65_HS1-834228961_62-HQ-83894_Section_9
Agency: FBI
Page 53
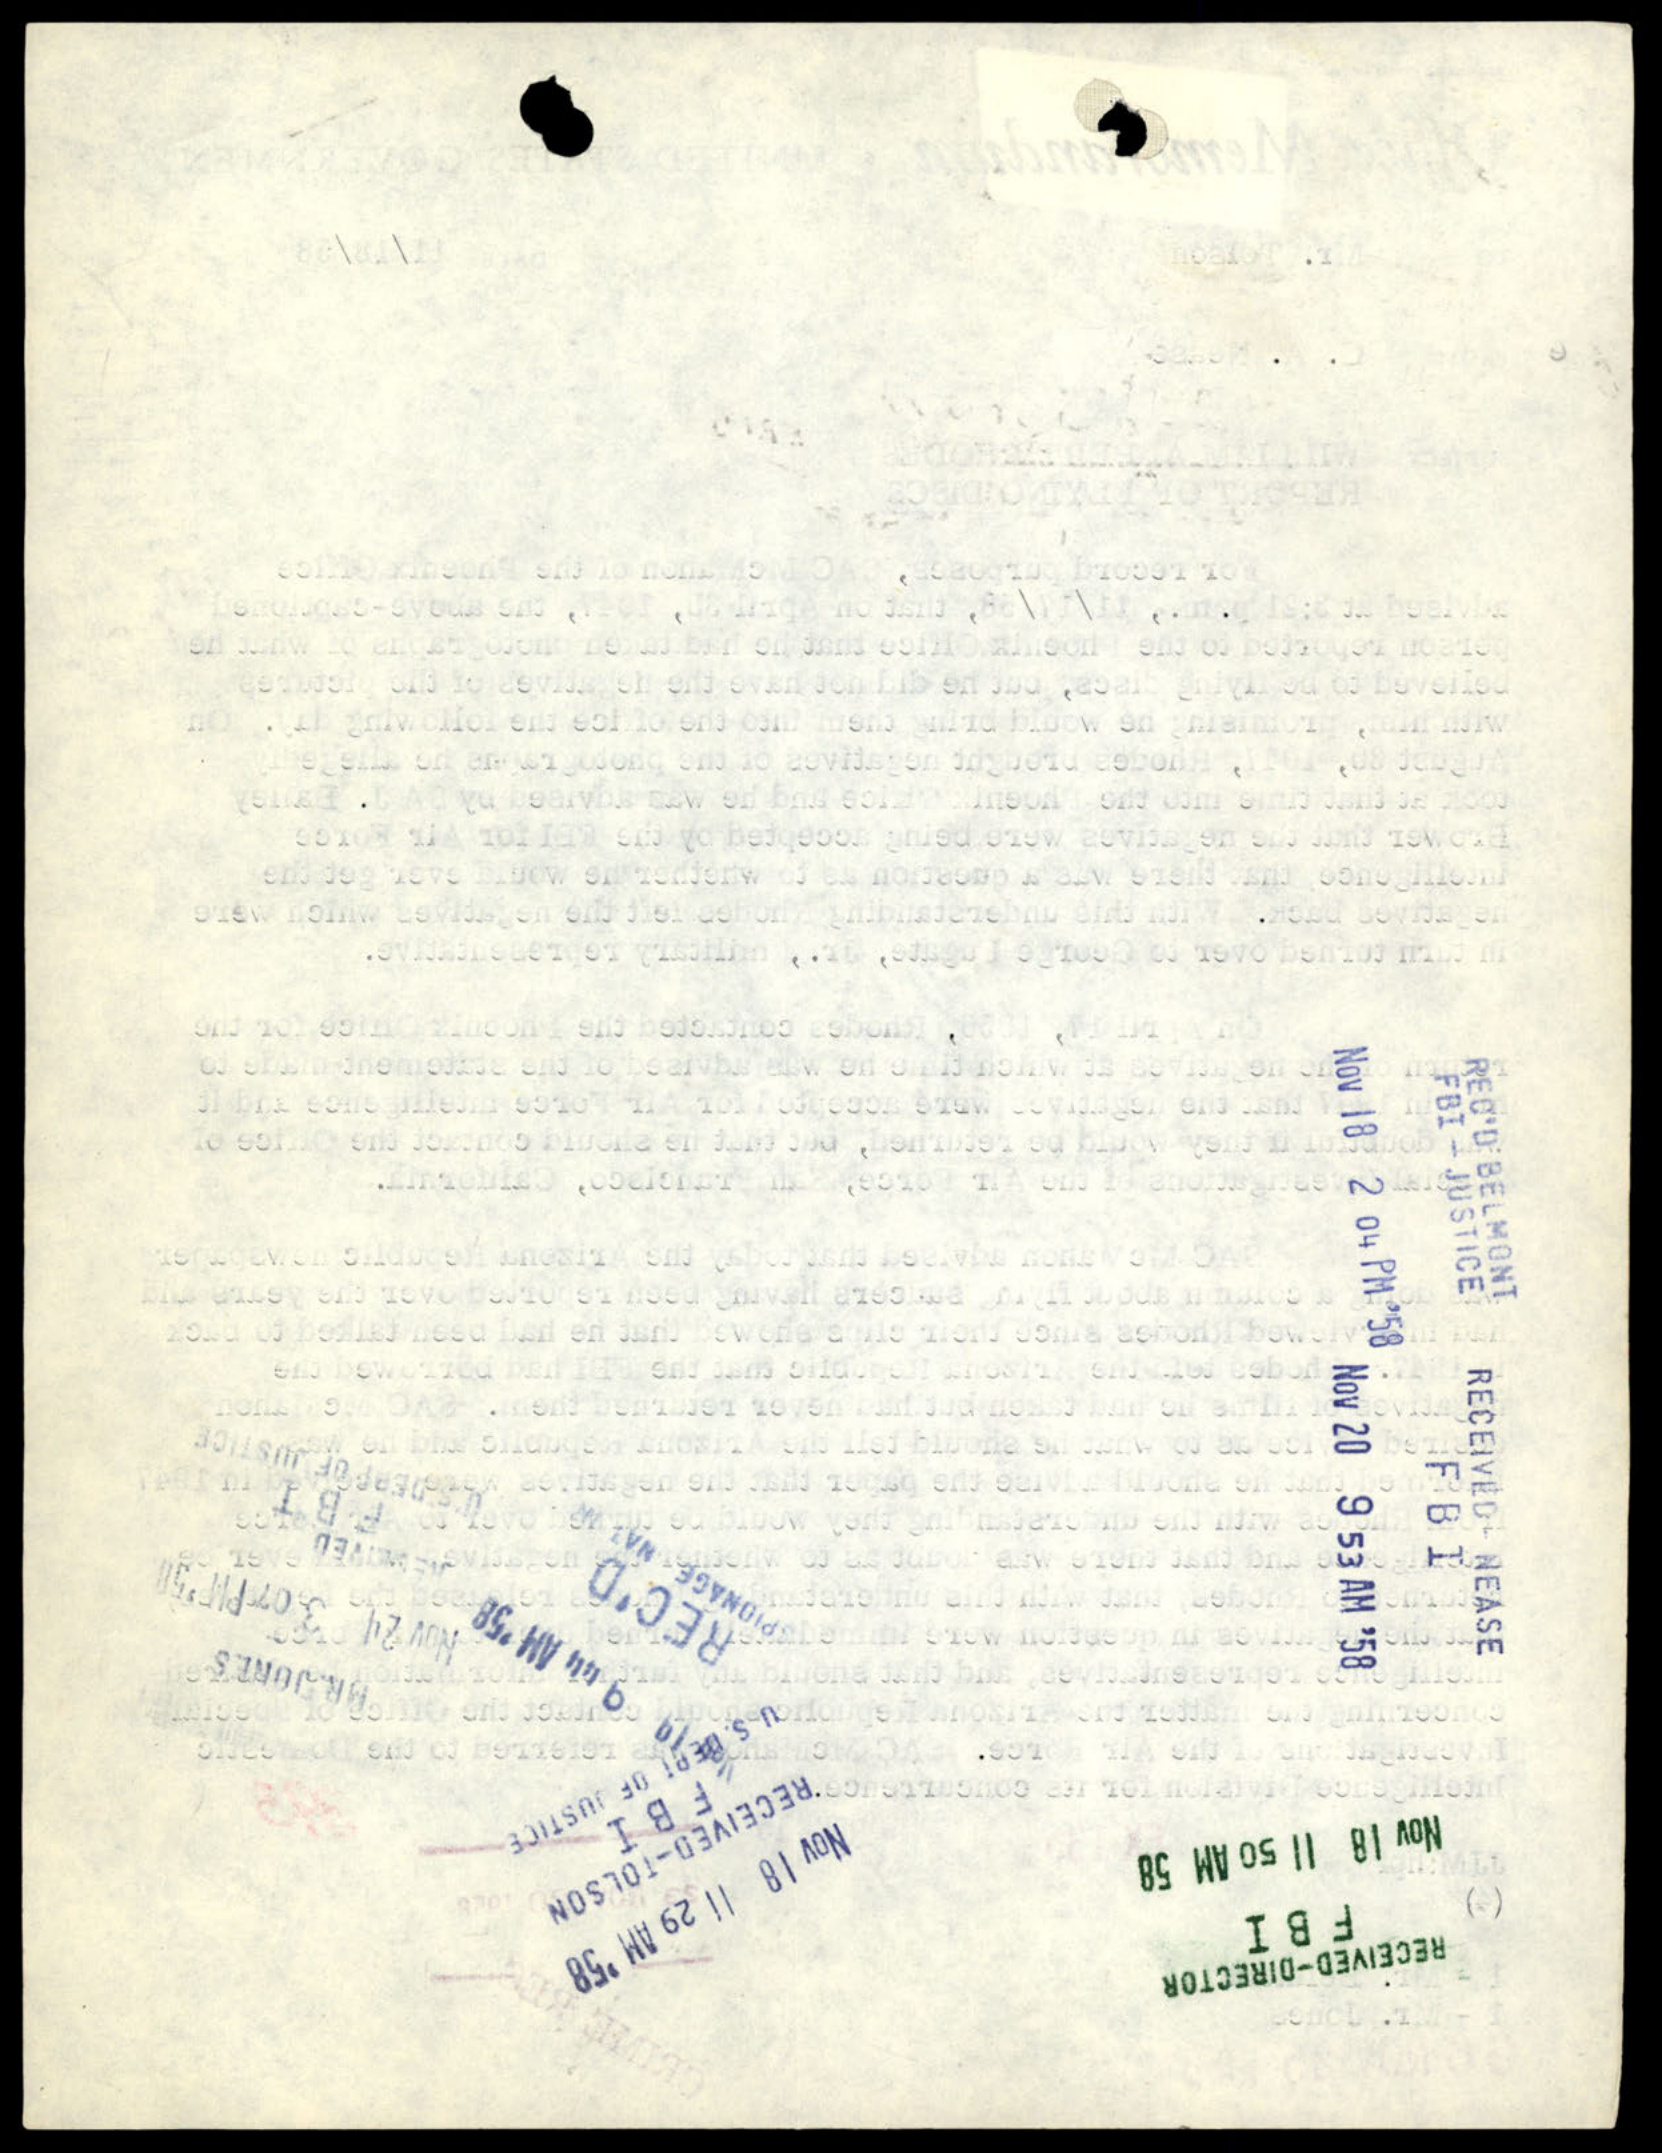